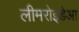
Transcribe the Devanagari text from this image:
लीमरोइडेआ